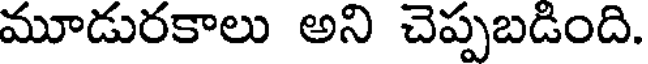
మూడురకాలు అని చెప్పబడింది.